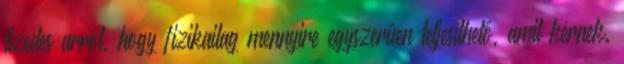
tizedes arról, hogy fizikailag mennyire egyszerűen teljesíthető, amit kérnek.